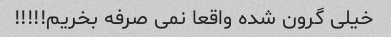
خیلی گرون شده واقعا نمی صرفه بخریم!!!!!